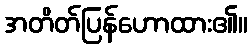
အတိတ်ပြန်ဟောထား၏။